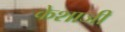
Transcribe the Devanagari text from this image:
केशाजी